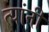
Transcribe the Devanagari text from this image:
त्यांनी